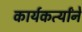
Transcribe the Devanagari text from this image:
कार्यकर्त्यांने